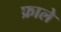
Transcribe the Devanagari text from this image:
फ्राले